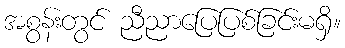
အစွန်းတွင် ညီညာပြေပြစ်ခြင်းမရှိ။